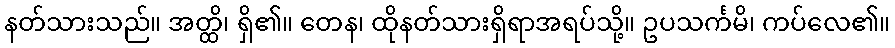
နတ်သားသည်။ အတ္ထိ၊ ရှိ၏။ တေန၊ ထိုနတ်သားရှိရာအရပ်သို့။ ဥပသင်္ကမိ၊ ကပ်လေ၏။